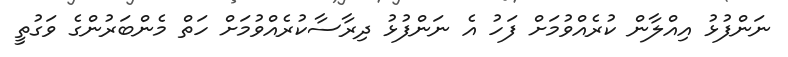
ނަންފުޅު އިއްލާން ކުރެއްވުމަށް ފަހު އެ ނަންފުޅު ދިރާސާކުރެއްވުމަށް ހަތް މެންބަރުންގެ ވަގުތީ